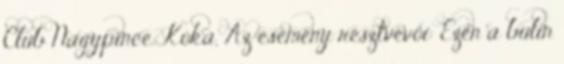
Club Nagypince, Kóka, Az esemény résztvevői: Ezen a bulin